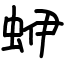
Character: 蛜